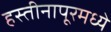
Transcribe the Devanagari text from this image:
हस्तीनापूरमध्ये